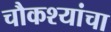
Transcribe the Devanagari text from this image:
चौकश्यांचा